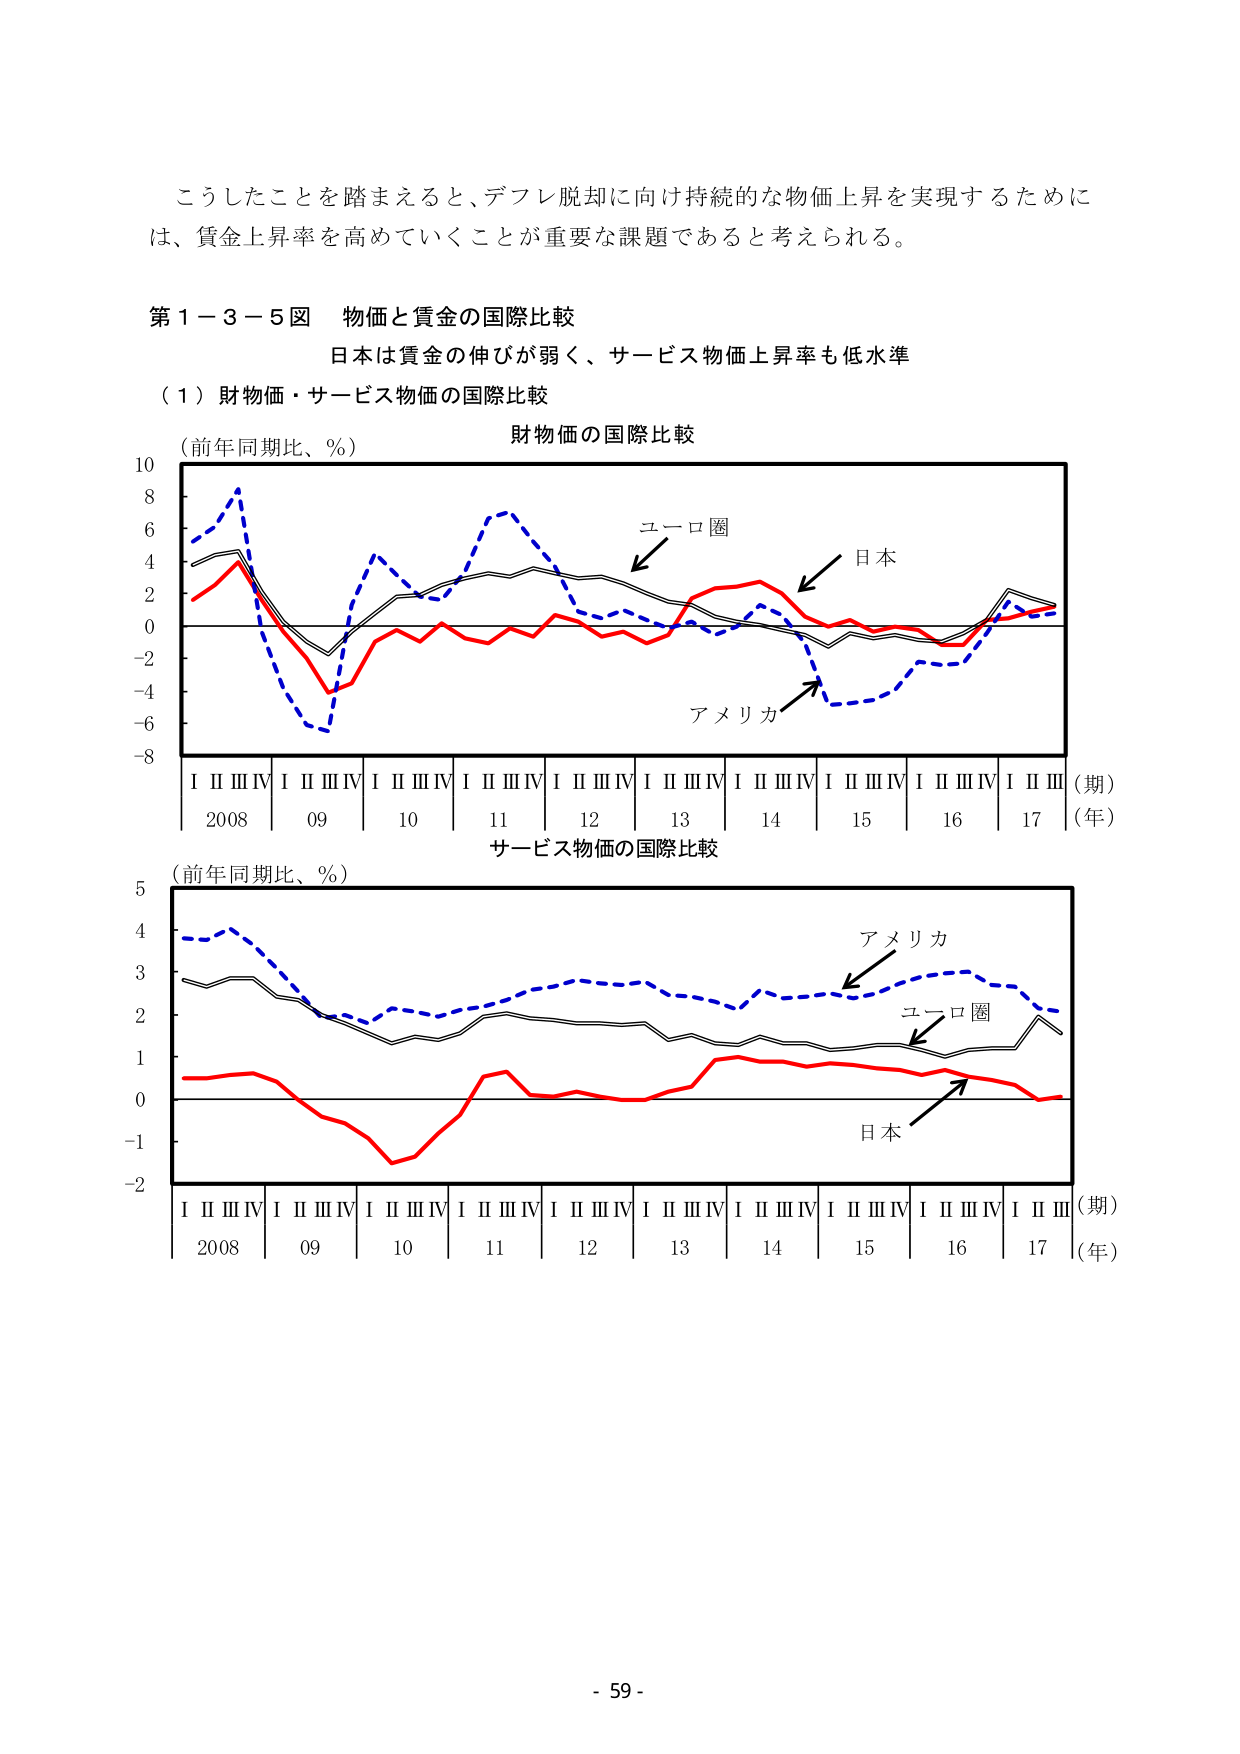
こうしたことを踏まえると、デフレ脱却に向け持続的な物価上昇を実現するためには、賃金上昇率を高めていくことが重要な課題であると考えられる。

第１－３－５図　物価と賃金の国際比較
日本は賃金の伸びが弱く、サービス物価上昇率も低水準

（１）財物価・サービス物価の国際比較

（前年同期比、％）
財物価の国際比較

ユーロ圏
日本
アメリカ

（期）
（年）
I II III IV I II III IV I II III IV I II III IV I II III IV I II III IV I II III IV I II III IV I II III
2008 09 10 11 12 13 14 15 16 17

サービス物価の国際比較

（前年同期比、％）

アメリカ
ユーロ圏
日本

（期）
（年）
I II III IV I II III IV I II III IV I II III IV I II III IV I II III IV I II III IV I II III
2008 09 10 11 12 13 14 15 16 17

- 59 -